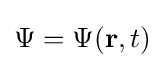
\Psi =\Psi (\mathbf {r} ,t)